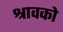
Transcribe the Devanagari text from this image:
श्रावको